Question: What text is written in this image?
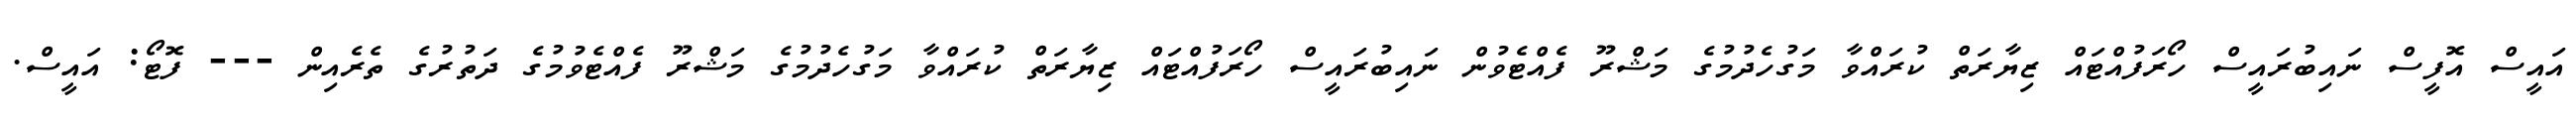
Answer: އައީސް އޮފީސް ނައިބުރައީސް ހޯރަފުއްޓައް ޒިޔާރަތް ކުރައްވާ މަގުހެދުމުގެ މަޝްރޫ ފެއްޓެވުން ނައިބުރައީސް ހޯރަފުއްޓައް ޒިޔާރަތް ކުރައްވާ މަގުހެދުމުގެ މަޝްރޫ ފެއްޓެވުމުގެ ދަތުރުގެ ތެރެއިން --- ފޮޓޯ: އައީސް.